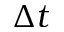
\Delta t